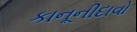
કાનૂનીદાવો